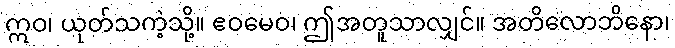
ဣဝ၊ ယုတ်သကဲ့သို့။ ဧဝမေဝ၊ ဤအတူသာလျှင်။ အတိလောဘိနော၊